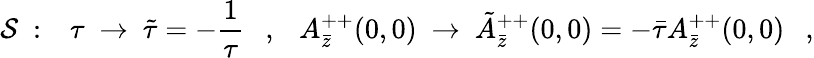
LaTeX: \mathcal{S}\ :\ \ \ \tau\ \rightarrow\ \tilde{{\tau}}=-\frac{{1}}{{\tau}}\ \ \ ,\ \ \ A_{\bar{{z}}}^{++}(0,0)\ \rightarrow\ \tilde{{A}}_{\bar{{z}}}^{++}(0,0)=-\bar{{\tau}}A_{\bar{{z}}}^{++}(0,0)\ \ \ ,